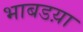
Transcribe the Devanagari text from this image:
भाबडय़ा